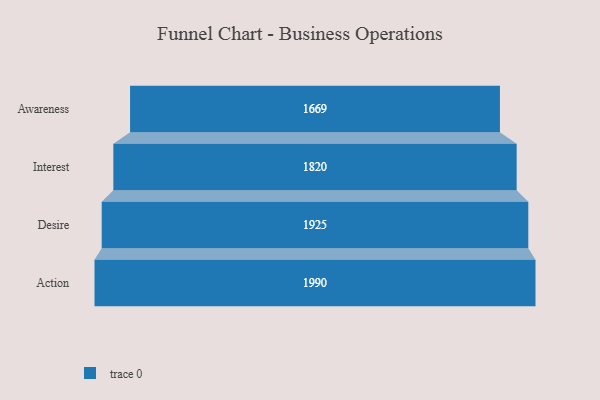
{"axis": {"x": "Stage", "y": "Value"}, "legend": [""], "data": [{"x": "Awareness", "y": 1669.0, "type": ""}, {"x": "Interest", "y": 1820.0, "type": ""}, {"x": "Desire", "y": 1925.0, "type": ""}, {"x": "Action", "y": 1990.0, "type": ""}]}